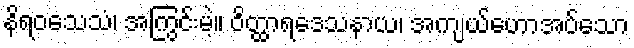
နိရဝသေသံ၊ အကြွင်းမဲ့။ ဝိတ္ထာရဒေသနာယ၊ အကျယ်ဟောအပ်သော